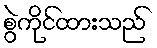
စွဲကိုင်ထားသည်